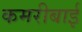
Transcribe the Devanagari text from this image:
कमरीबाई